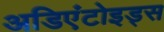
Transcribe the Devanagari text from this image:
अडिएंटोइड्स